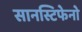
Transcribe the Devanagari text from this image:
सानस्टिफेनो